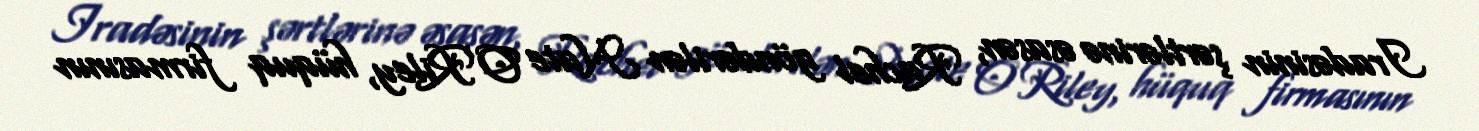
Iradəsinin şərtlərinə əsasən, Rachel göndərilən Nate O'Riley, hüquq firmasının